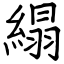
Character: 䌈